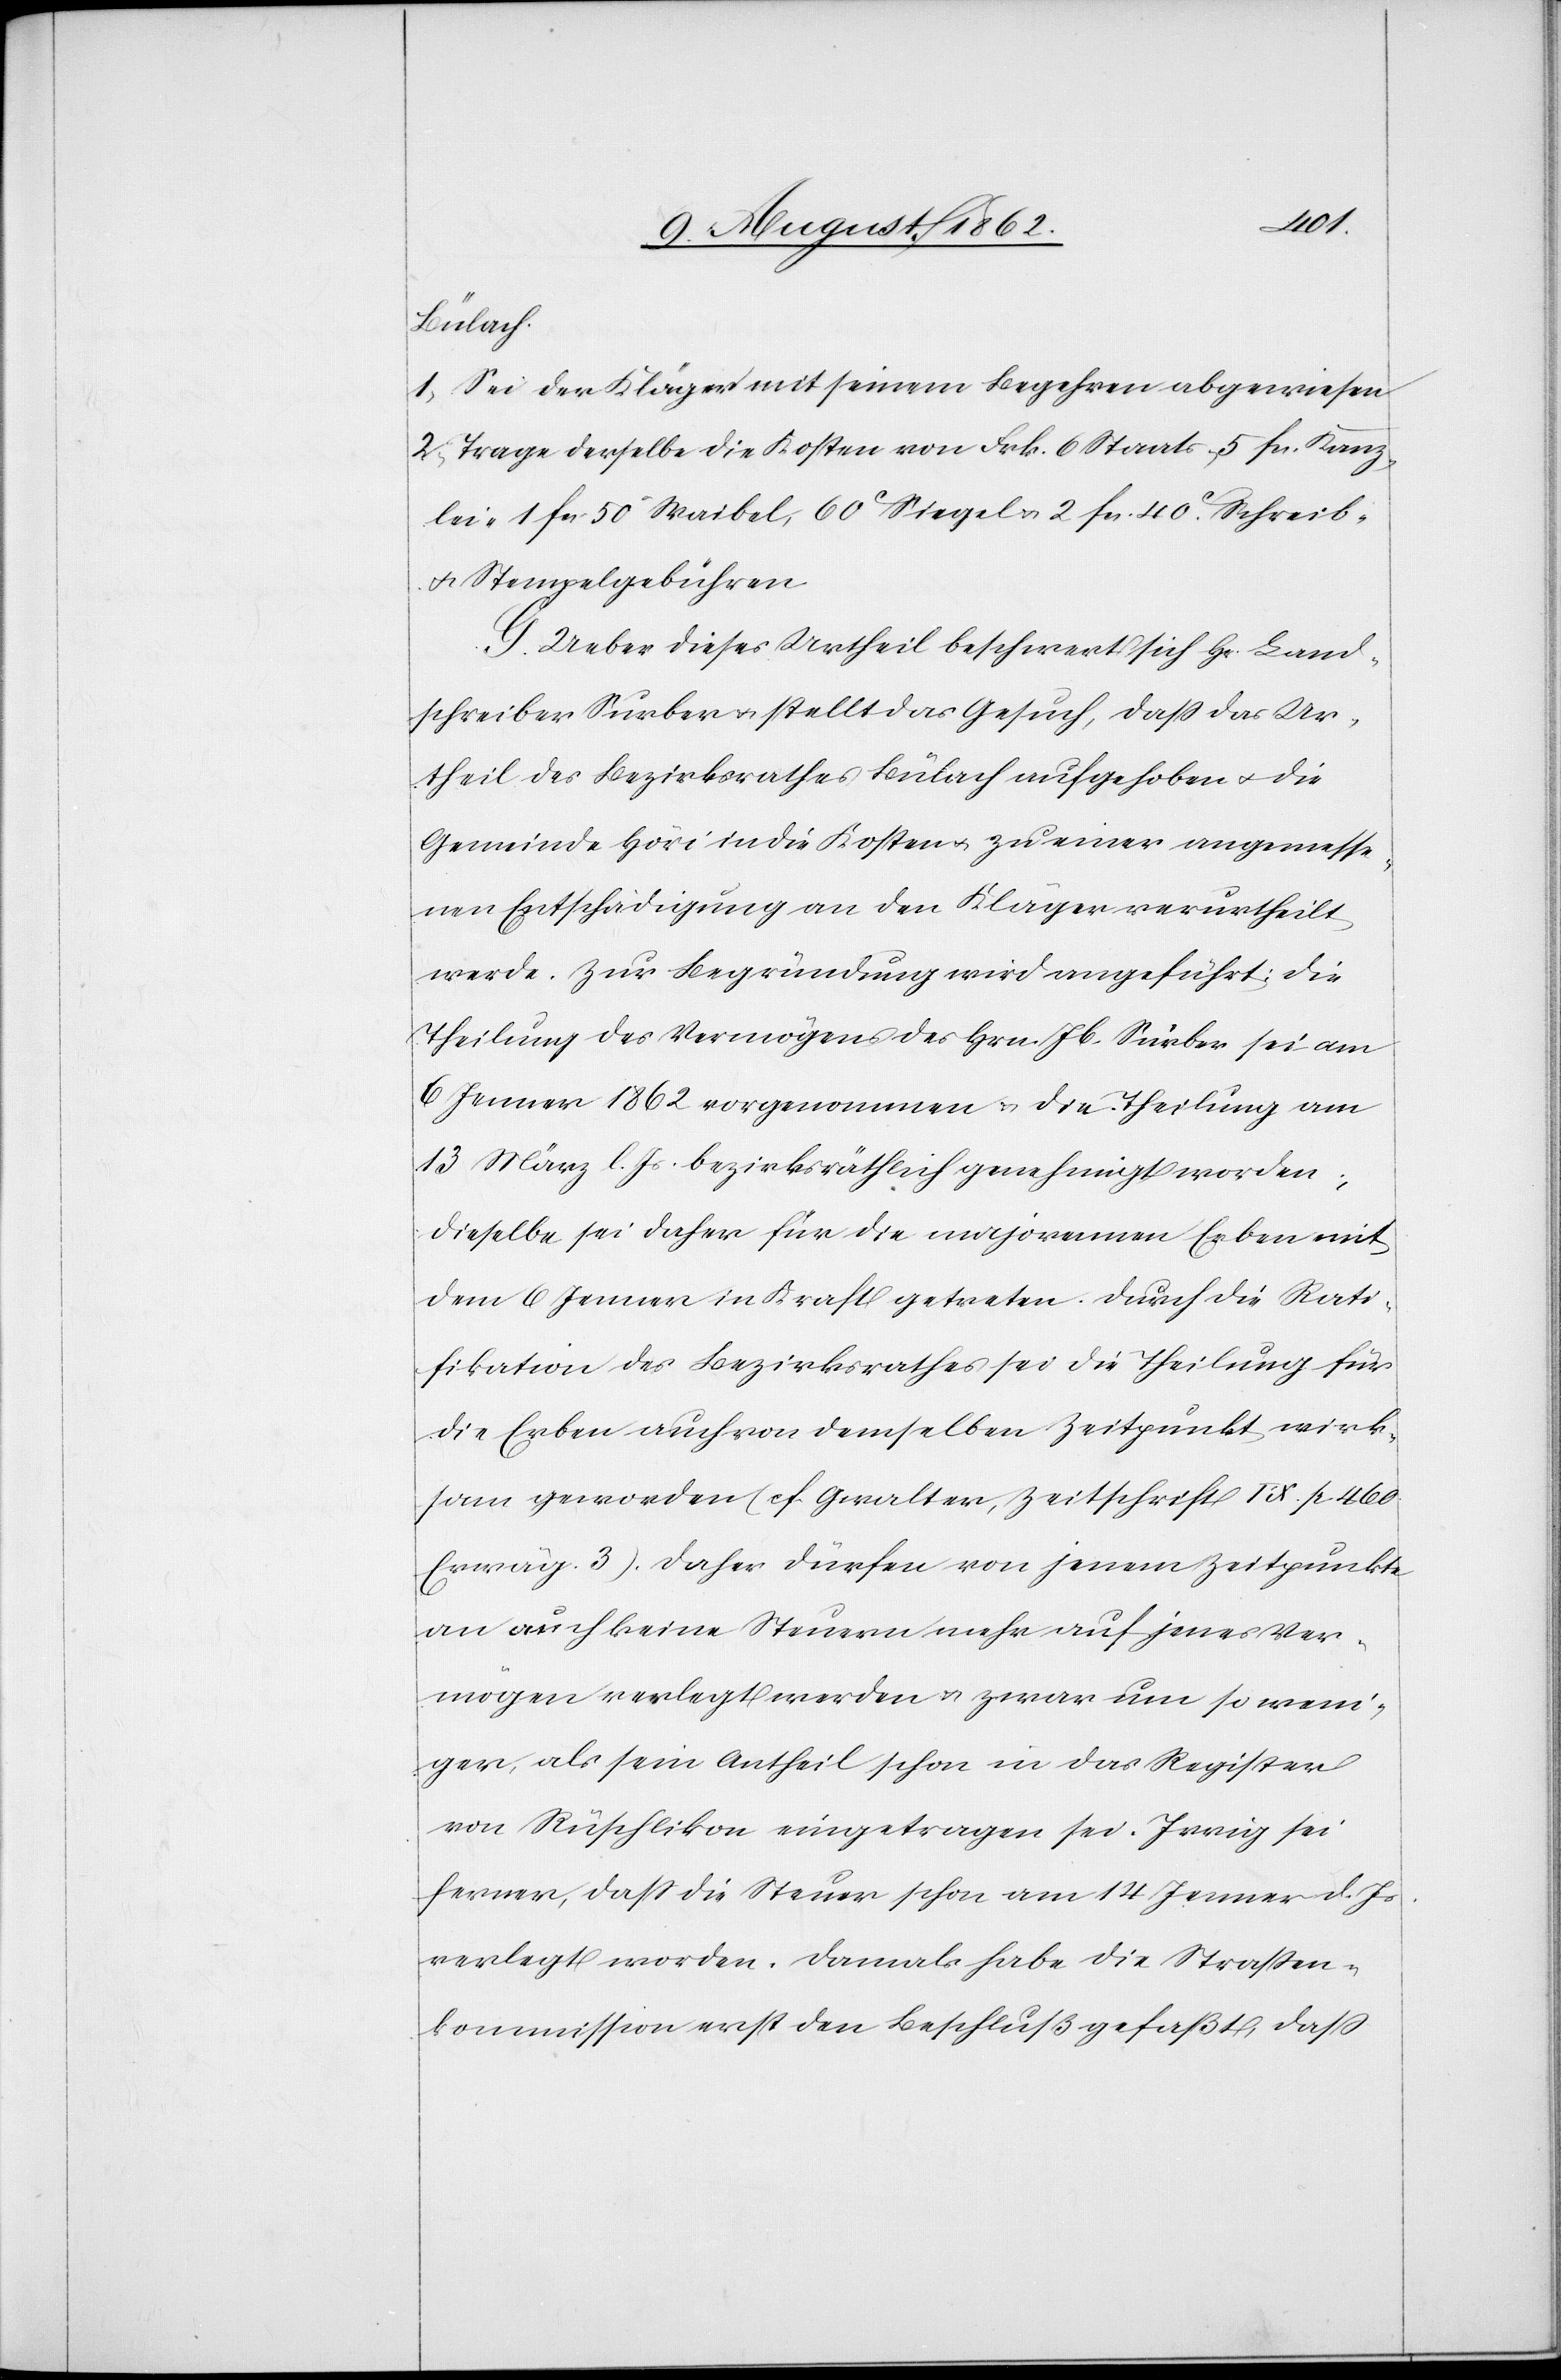
Bülach
1. Sei der Kläger mit seinem Begehren abgewiesen.
2. Trage derselbe die Kosten von Frk. 6 Staats-[,] 5 fcs. Kanz¬
lei-[,] 1 fcs. 50 Waibel-[,] 60C Siegel[-] u. 2. fcs. 40C Schreib-
u. Stempelgebühren.
G. Ueber dieses Urtheil beschwert sich Hr. Land¬
schreiber Surber u. stellt das Gesuch, daß das Ur¬
theil des Bezirksrathes Bülach aufgehoben u. die
Gemeinde Höri in die Kosten u. zu einer angemesse¬
nen Entschädigung an den Kläger verurtheilt
werde. Zur Begründung wird angeführt: Die
Theilung des Vermögens des Hrn. Jb. Surber sei am
6. Jenner 1862 vorgenommen u. die Theilung am
13. März l. Js. bezirksräthlich genehmigt worden;
Dieselbe sei daher für die majorennen Erben mit
dem 6. Jenner in Kraft getreten. Durch die Rati¬
fikation des Bezirksrathes sei die Theilung für
die Erben auch von demselben Zeitpunkt wirk¬
sam geworden (cf. Gwalter, Zeitschrift IX p. 460
Erwäg. 3). Daher dürfen von jenem Zeitpunkte
an auch keine Steuern mehr auf jenes Ver¬
mögen verlegt werden u. zwar um so weni¬
ger, als sein Antheil schon in das Register
von Rüschlikon eingetragen sei. Irrig sei
ferner, daß die Steuer schon am 14. Jenner d. Js.
verlegt worden. Damals habe die Straßen¬
kommission erst den Beschluß gefaßt, daß